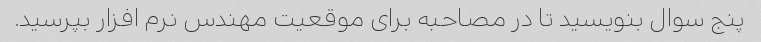
پنج سوال بنویسید تا در مصاحبه برای موقعیت مهندس نرم افزار بپرسید.